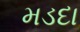
મડદા